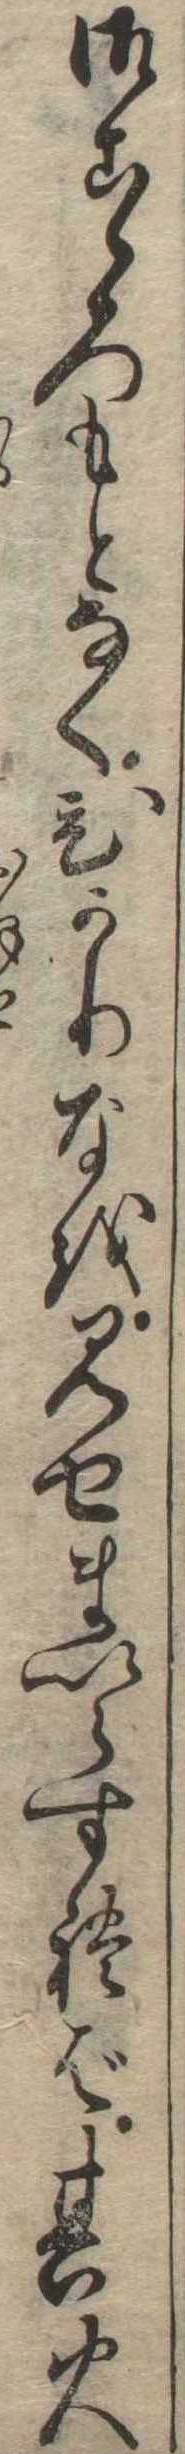
御こゝろもとなくひかりなを見せまいらすれば其火